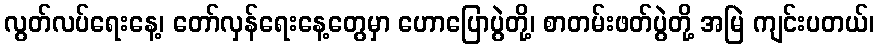
လွတ်လပ်ရေးနေ့၊ တော်လှန်ရေးနေ့တွေမှာ ဟောပြောပွဲတို့၊ စာတမ်းဖတ်ပွဲတို့ အမြဲ ကျင်းပတယ်၊